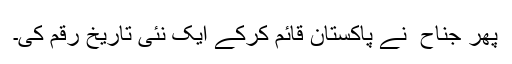
پھر جناح ؒ نے پاکستان قائم کرکے ایک نئی تاریخ رقم کی۔